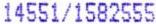
14551/1582555